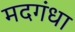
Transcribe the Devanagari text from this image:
मदगंधा